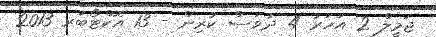
ޖަމީލް 2 އަހަރު 4 ދުވަސް ކުރިން - 13 އޮކްޓޯބަރ 2013